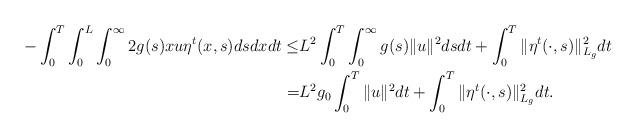
LaTeX: \begin{align*}-\int_0^T\int_0^L\int_0^\infty 2g(s)xu\eta^t(x,s)dsdxdt\leq& L^2 \int_0^T\int_0^\infty g(s)\|u\|^2dsdt+\int_0^T\|\eta^t(\cdot,s)\|^2_{L_g}dt\\=& L^2 g_0\int_0^T\|u\|^2dt+\int_0^T\|\eta^t(\cdot,s)\|^2_{L_g}dt.\end{align*}